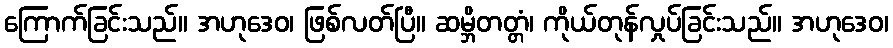
ကြောက်ခြင်းသည်။ အဟုဒေဝ၊ ဖြစ်လတ်ပြီ။ ဆမ္ဘိတတ္တံ၊ ကိုယ်တုန်လှုပ်ခြင်းသည်။ အဟုဒေဝ၊